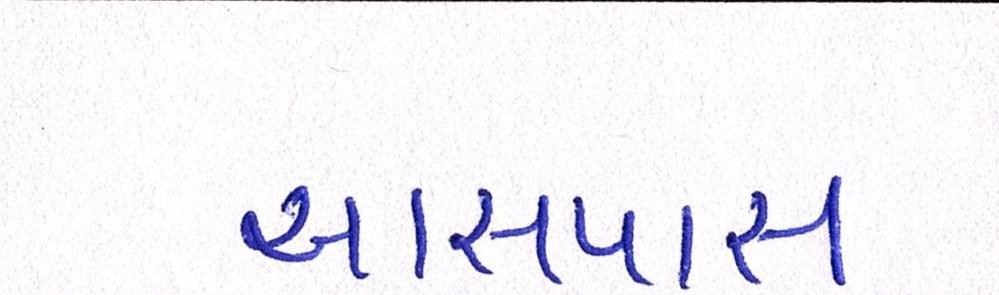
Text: આસપાસ